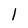
Character: 1